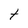
Character: t